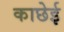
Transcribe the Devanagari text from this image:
काछेई